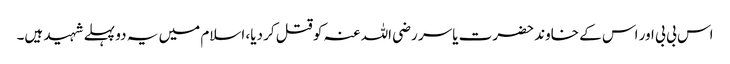
اس بی بی اور اس کے خاوند حضرت یاسر رضی اللہ عنہ کو قتل کر دیا، اسلام میں یہ دو پہلے شہید ہیں۔